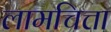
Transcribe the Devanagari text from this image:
लामचित्ता